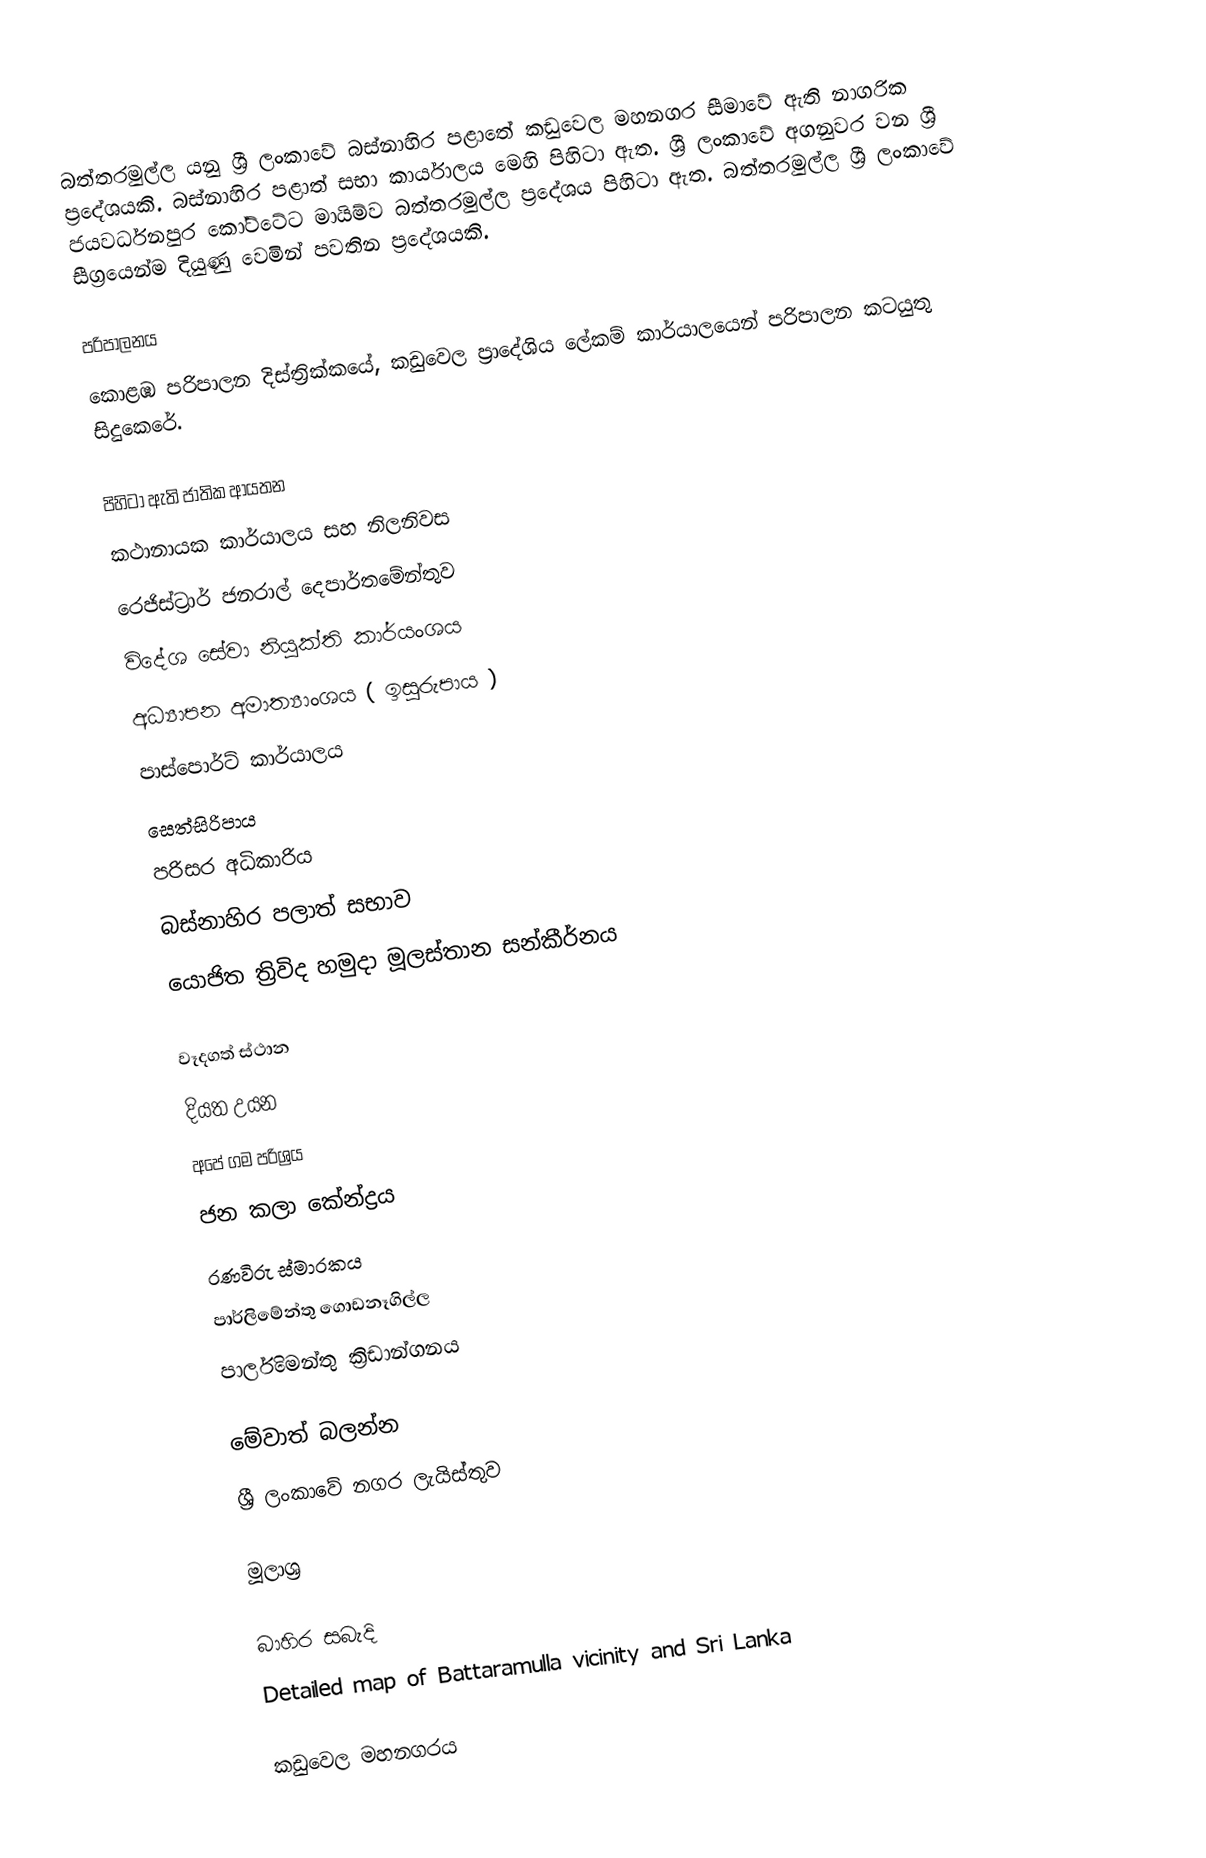
බත්තරමුල්ල යනු ශ්‍රී ලංකාවේ බස්නාහිර පළාතේ  කඩුවෙල මහනගර සීමාවේ ඇති නාගරික ප්‍රදේශයකි. බස්නාහිර පළාත් සභා කාර්යාලය මෙහි පිහිටා ඇත. ශ්‍රී ලංකාවේ අගනුවර වන ශ්‍රී ජයවර්ධනපුර කෝට්ටේට මායිම්ව බත්තරමුල්ල ප්‍රදේශය පිහිටා ඇත. බත්තරමුල්ල ශ්‍රී ලංකාවේ සීග්‍රයෙන්ම දියුණු වෙමින් පවතින ප්‍රදේශයකි.

පරිපාලනය
කොළඹ පරිපාලන දිස්ත්‍රික්කයේ, කඩුවෙල ප්‍රාදේශිය ලේකම් කාර්යාලයෙන් පරිපාලන කටයුතු සිදුකෙරේ.

පිහිටා ඇති ජාතික ආයතන
 කථානායක කාර්යාලය සහ නිලනිවස
 රෙජිස්ට්‍රාර් ජනරාල් දෙපාර්තමේන්තුව
 විදේශ සේවා නියුක්ති කාර්යංශය
 අධ්‍යාපන අමාත්‍යාංශය ( ඉසුරුපාය )
 පාස්පොර්ට් කාර්යාලය
 සෙත්සිරිපාය
 පරිසර අධිකාරිය
 බස්නාහිර පලාත් සභාව
 යොජිත ත්‍රිවිද හමුදා මූලස්තාන සන්කීර්නය

වෑදගත් ස්ථාන
දියත උයන
අපේ ගම පරිශ්‍රය
ජන කලා කේන්ද්‍රය
රණවිරු ස්මාරකය
පාර්ලිමේන්තු ගොඩනෑගිල්ල
පාර්ලිමෙන්තු ක්‍රිඩාන්ගනය

මේවාත් බලන්න
ශ්‍රී ලංකාවේ නගර ලැයිස්තුව

මූලාශ්‍ර

බාහිර සබැදි
Detailed map of Battaramulla vicinity and Sri Lanka

කඩුවෙල මහනගරය